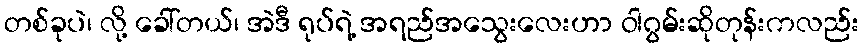
တစ်ခုပဲ၊ လို့ ခေါ်တယ်၊ အဲဒီ ရုပ်ရဲ့ အရည်အသွေးလေးဟာ ဝါဂွမ်းဆိုတုန်းကလည်း